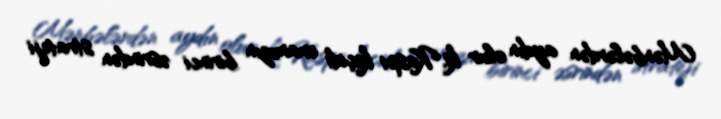
Mənbələrdən aydın olur ki, Kaspi keçidi eramızın birinci əsrindən strateji